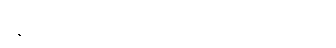
နေတ္တိ-ဋ္ဌ-၉၄၊ ပါ-၂၆။ ဗလဝကာရဏံ၊ ဋ္ဌ-၃၉။